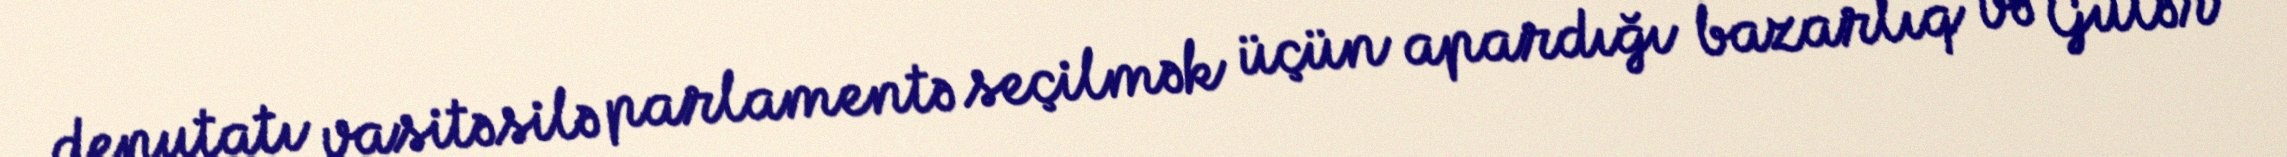
deputatı vasitəsilə parlamentə seçilmək üçün apardığı bazarlıq və Gülər